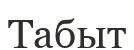
Табыт